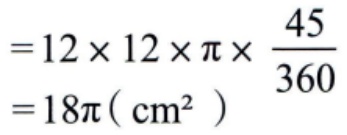
\[
\begin{align*}
&=12\times 12\times \pi\times \frac{45}{360}\\
&=18\pi(\text{ cm}^2)
\end{align*}
\]